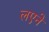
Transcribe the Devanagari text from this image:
लएने